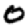
Digit: 0